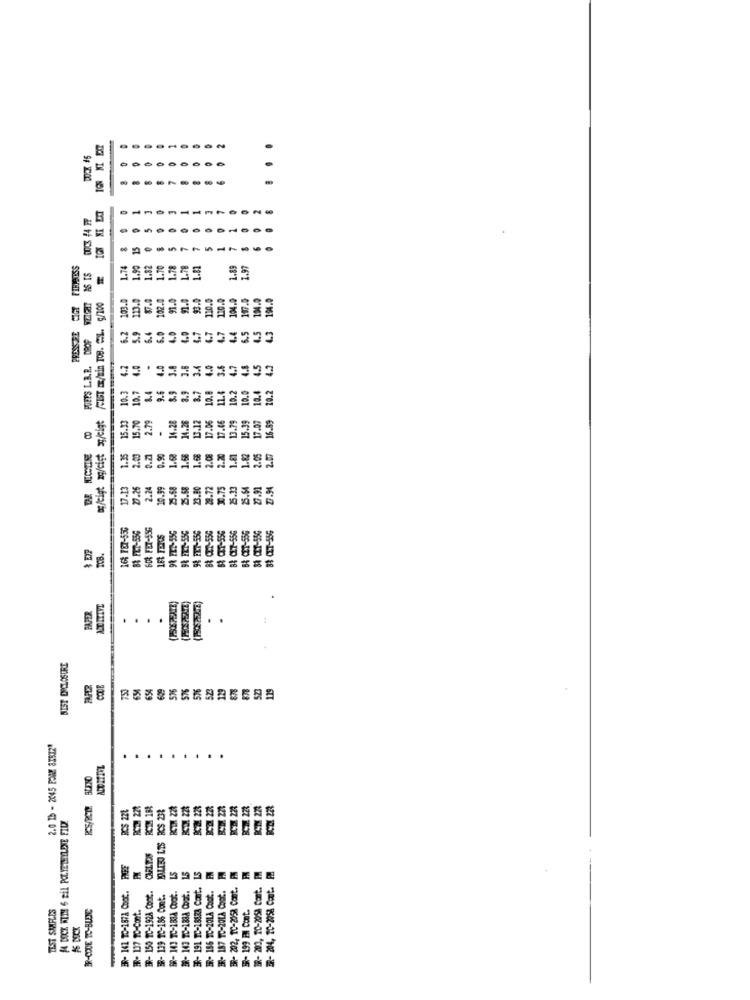
..
8
6
-
15
5
7
5
-
FIFAOSS
1.74
1.90
1.82
1.70
1.78
1.78
1.12
1.89
1.97
S IS
DROP WIGHT
103.0
113.0
102.0
91.0
1.0
$0.0
110.9
120.0
CIGT
FCIST /Ein TOB. C.L. 9/200
104.
6.0
4.0
4.9
4.7
4.7
4.7
4.4
PRESSURE
POETS L.B.R. DROP
6.2
5.9
6.4
6.5
4.5
4.7
4.0
4.0
3.8
3.8
3.4
4.9
3.6
4.7
4.3
9.6
8.9
8.9
8.7
1L.&
10.2
10.0
10.4
10.2
10.3
10.7
10.8
og/tigt ag/cist ag/cigt
15.33
15.70
2.79
14.28
14.26
13.12
17.06
17.46
13.79
15.39
7.07
16.89
.
1.35
2.00
0.21
0.90
1.68
1.68
1.68
2.08
2.20
1.81
1.82
2.05
17.13
27.26
2.24
10.99
25.68
25.58
23.80
28.72
30.75
25.13
25.54
27.91
2.94
16: 787-550
6D8 FET-556
9% ETT-556
B& CIT-556
B& CIT-556
CET-556
B& FET-556
& CIT-5
TCB.
PAPER
.
.
.
...
BIST ENCLOSURE
CODE
654
57%
2.0 1 - 2045 PONE 81512"
..
RCS 226
KM 18
MILIEU LTS BCS 238
BC21 22%
BCT! 228
14 DOCK WITH 6 Bil POLYETHYLENE FILZ
CARLTON
ER- 150 TC-1928 Cont.
SR- 143 TC-1834 Coat.
3- 143 TC-1888 Coat.
3R- 191 TC-18883 Cont.
BR- 186 TC-20LA Coat ..
187 TC-20LA Coat.
202, 1C-2058 Cont.
- 204, 20-2058 Cont.
BR- 141 10-1872 Coot.
ER- 139 TC-186 Cont.
TEST SAMPLES
IR-CODE TO-BUEXC
ER- 137 10-Cont.
- 199 EM Cont.
10-2058